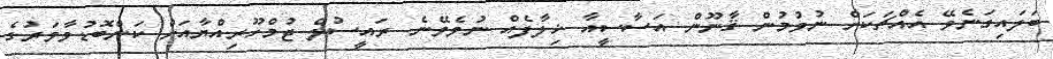
ބަލައިގަނެވޭ އެއްޗަކަށް ނުވުމުން ޤާނޫން އަސާސީއާ ޚިލާފެއް ނުވެވޭނެ. ރައީސުލް ޖުމްހޫރިއްޔާއަށް ކަންބޮޑުވާވަރުގެ